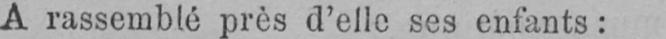
A rassemblé près d’elle ses enfants: